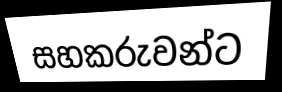
සහකරුවන්ට